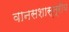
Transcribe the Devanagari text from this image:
वानसशास्त्रीय